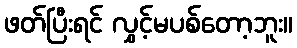
ဖတ်ပြီးရင် လွှင့်မပစ်တော့ဘူး။